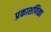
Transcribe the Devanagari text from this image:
प्रकाशणिका